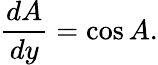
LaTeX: {\frac{dA}{dy}}=\cos A.